Vaccination United Provinces of Agra and Oudh 1902-1913 - 1902-1913
Year: 1902
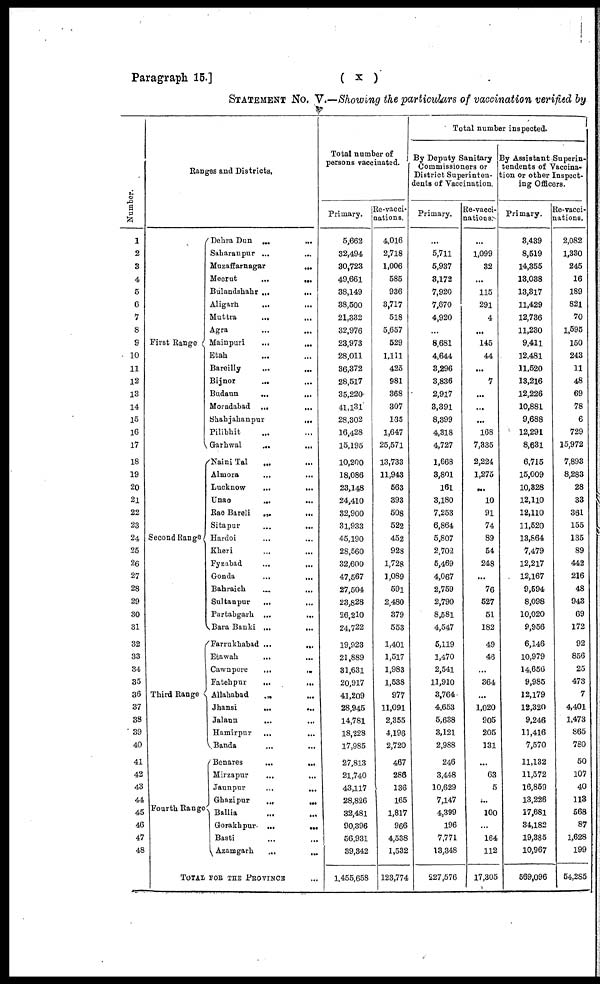
Paragraph 15.]
( x )
STATEMENT No. V.—Showing the particulars of vaccination verified by
Number.
1
2
3
4
5
6
7
8
9
10
11
12
13
14
15
16
17
18
19
20
21
22
23
24
25
26
27
28
29
30
31
32
33
34
35
36
37
38
39
40
41
42
43
44
45
46
47
48
Ranges and Districts.
First Range
Second Range
Third Range
Fourth Range
Dehra Dun ...
...
Saharanpur ...
...
Muzaffarnagar
...
Meerut
...
...
Bulandshahr ...
...
Aligarh ... ...
Muttra
... ...
Agra ... ...
Mainpuri
...
...
Etah ... ...
Bareilly
...
...
Bijnor
... ...
Budaun
... ...
Moradabad ...
...
Shahjahanpur
...
Pilibhit ... ...
Garhwal
...
...
Naini Tal ... ...
Almora ... ...
Lucknow
...
...
Unao ... ...
Rae Bareli
... ...
Sitapur
...
...
Hardoi ... ...
Kheri ... ...
Fyzabad ... ...
Gonda
...
...
Bahraich ... ...
Sultanpur
...
...
Partabgarh ...
...
Bara Banki ...
...
Farrukhabad ...
...
Etawah
... ...
Cawnpore
...
...
Fatehpur
...
...
Allahabad
...
...
Jhansi
...
...
Jalaun
...
...
Hamirpur ... ...
Banda ... ...
Benares
...
...
Mirzapur
...
...
Jaunpur
...
...
Ghazipur
...
...
Ballia ... ...
Gorakhpur ...
...
Basti ... ...
Azamgarh
...
...
TOTAL FOR THE PROVINCE ...
Total number of
persons vaccinated.
Primary.
5,662
32,494
30,723
49,661
38,149
38,500
21,332
32,976
23,973
28,011
36,372
28,517
35,220
41,131
28,302
16,428
15,195
10,200
18,086
23,148
24,410
32,900
31,933
45,190
28,560
32,600
47,567
27,504
23,828
26,210
24,722
19,923
21,889
31,631
20,917
41,209
28,945
14,781
18,228
17,985
27,813
21,740
43,117
28,826
32,481
90,396
56,931
39,342
1,455,658
Re-vacci¬
nations.
4,016
2,718
1,006
585
936
3,717
518
5,657
529
1,111
425
981
368
307
135
1,647
25,571
13,733
11,943
563
393
508
522
452
928
1,728
1,089
59l
2,480
379
553
1,401
1,517
1,983
1,538
977
11,091
2,355
4,196
2,720
467
286
136
165
1,817
966
4,538
1,532
123,774
Total number inspected.
By Deputy Sanitary
Commissioners or
District Superinten-
dents of Vaccination.
Primary.
...
5,711
5,937
3,172
7,920
7,670
4,920
...
8,681
4,644
3,296
3,836
2,917
3,391
8,399
4,318
4,727
1,668
3,801
161
3,180
7,253
6,864
5,807
2,702
5,469
4,067
2,759
2,790
8,581
4,547
5,119
1,470
2,541
11,910
3,764
4,653
5,638
3,121
2,988
246
3,448
10,629
7,147
4,399
196
7,771
13,348
227,576
Re-vacci-
nations.
...
1,099
32
...
115
291
4
...
145
44
...
7
...
...
...
168
7,335
2,224
1,275
...
10
91
74
89
54
248
...
76
527
51
182
49
46
...
364
...
1,020
905
205
131
...
63
5
...
100
...
164
112
17,305
By Assistant Superin-
tendents of Vaccina-
tion or other Inspect¬
ing Officers.
Primary.
3,439
8,519
14,355
13,038
13,317
11,429
12,736
11,230
9,411
12,481
11,520
13,216
12,226
10,881
9,688
12,291
8,631
6,715
15,009
10,328
12,110
12,110
11,520
13,864
7,479
12,217
12,167
9,594
8,098
10,020
9,956
6,146
10,979
14,656
9,985
12,179
12,320
9,246
11,416
7,570
11,132
11,572
16,859
13,226
17,681
34,182
19,385
10,967
569,096
Re-vacci-
nations.
2,082
1,330
245
16
189
821
70
1,595
150
243
11
48
69
78
6
729
15,972
7,893
8,283
28
33
361
155
135
89
442
216
48
943
69
172
92
856
25
473
7
4,401
1,473
865
780
50
107
40
113
568
87
1,628
199
54,285